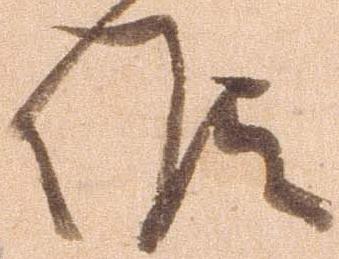
候